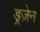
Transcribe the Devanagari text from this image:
ड्रज़ेन